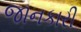
જાનકારી